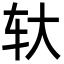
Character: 轪